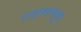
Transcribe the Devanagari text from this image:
टाइम्समधून